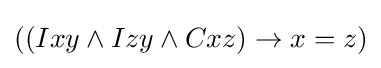
((Ixy\land Izy\land Cxz)\rightarrow x=z)